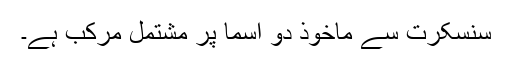
سنسکرت سے ماخوذ دو اسما پر مشتمل مرکب ہے۔